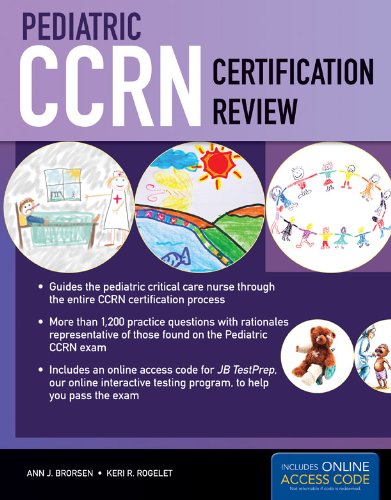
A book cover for Pediatric CCRN Certification Review (Brorsen, Pediatric CCRN Certification Review); Ann J. Brorsen; Medical Books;